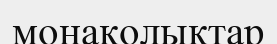
монаколықтар